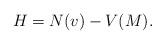
LaTeX: \begin{align*}H=N(v)-V(M).\end{align*}